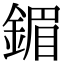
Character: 鎇